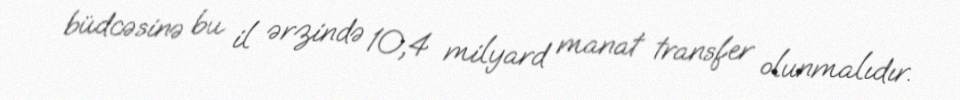
büdcəsinə bu il ərzində 10,4 milyard manat transfer olunmalıdır.